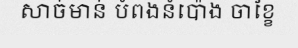
សាច់មាន់ បំពងនំប៉ោង ចាខ្ខៃ